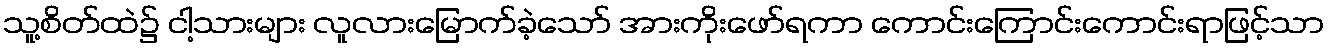
သူ့စိတ်ထဲ၌ ငါ့သားများ လူလားမြောက်ခဲ့သော် အားကိုးဖော်ရကာ ကောင်းကြောင်းကောင်းရာဖြင့်သာ